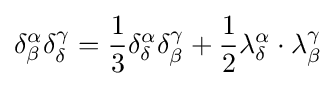
\delta _{\beta }^{\alpha }\delta _{\delta }^{\gamma }={\frac {1}{3}}\delta _{\delta }^{\alpha }\delta _{\beta }^{\gamma }+{\frac {1}{2}}\lambda _{\delta }^{\alpha }\cdot \lambda _{\beta }^{\gamma }